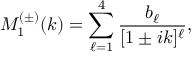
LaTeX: M _ { 1 } ^ { ( \pm ) } ( k ) = \sum _ { \ell = 1 } ^ { 4 } \frac { b _ { \ell } } { [ 1 \pm i k ] ^ { \ell } } ,